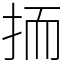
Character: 㧫